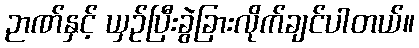
ဉာဏ်နှင့် ယှဉ်ပြီးခွဲခြားလိုက်ချင်ပါတယ်။